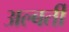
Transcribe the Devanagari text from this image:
अल्बर्ती